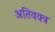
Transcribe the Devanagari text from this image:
अतिवक्त्र